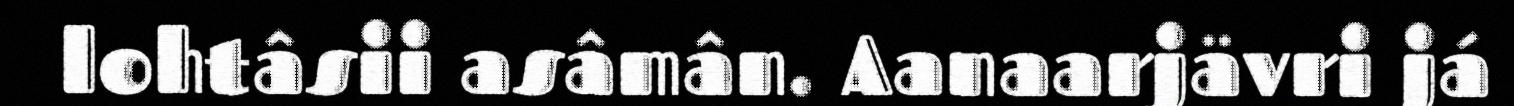
lohtâsii asâmân. Aanaarjävri já